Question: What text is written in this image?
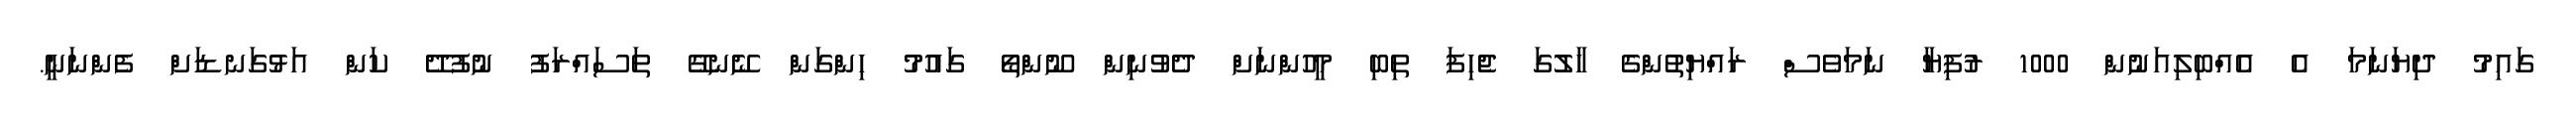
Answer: ގައިމު ދިޔަނަމަ އެ އެއްބިލިއަނުން 1000 ރުފިޔާ ނަމަވެސް ރައްޔިތުންގެ ހާލުގަ ޖެހިފަ ތިބި މީހުންނަށް ދެވުނިން ނޫންތޯ ގައުމު ހިންގަން ނޭނގޭ ތަސައްރަފު ނުފުދޭ ކަން އަޅުގަނޑަށް ފެންނަނީ.